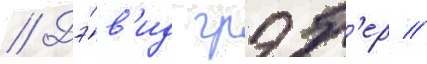
// Дэ́в'ид грэб'ер //